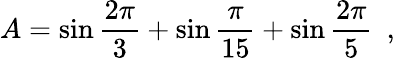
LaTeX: A=\sin\frac{2\pi}{3}+\sin\frac{\pi}{15}+\sin\frac{2\pi}{5}\, \, \, ,